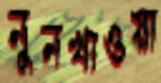
নুনখাওয়া